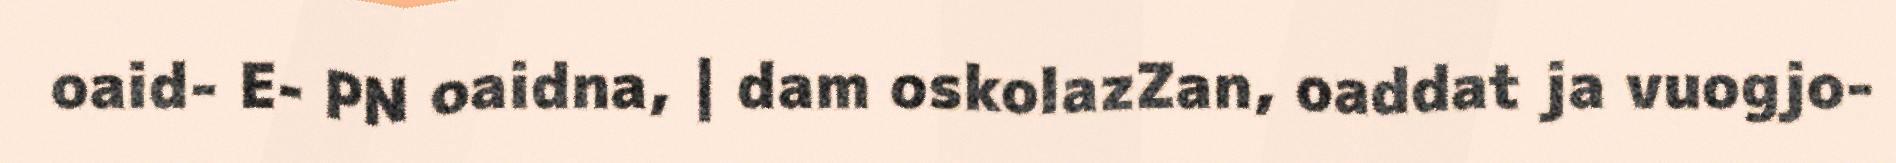
oaid- E- PN oaidna, | dam oskolazZan, oaddat ja vuogjo-